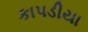
કાપડીયા